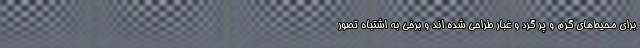
برای محیط‌های گرم و پر گرد و غبار طراحی شده اند و برخی به اشتباه تصور